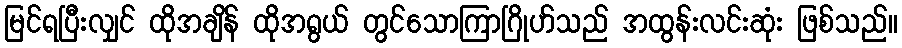
မြင်ရပြီးလျှင် ထိုအချိန် ထိုအရွယ် တွင်သောကြာဂြိုဟ်သည် အထွန်းလင်းဆုံး ဖြစ်သည်။